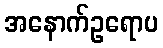
အနောက်ဥရောပ